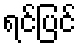
ရင်ပြင်